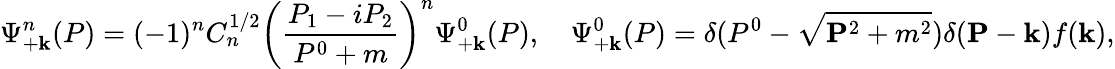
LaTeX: \Psi_{+\mathbf k}^{n}(P)=(-1)^{n}C_{n}^{1/2}\left(\frac{P_{1}-iP_{2}}{P^{0}+m}\right)^{n}\Psi_{+\mathbf k}^{0}(P),\quad\Psi_{+\mathbf k}^{0}(P)=\delta(P^{0}-\sqrt{{\mathbf P}^{2}+m^{2}})\delta({\mathbf P}-{\mathbf k})f({\mathbf k}),